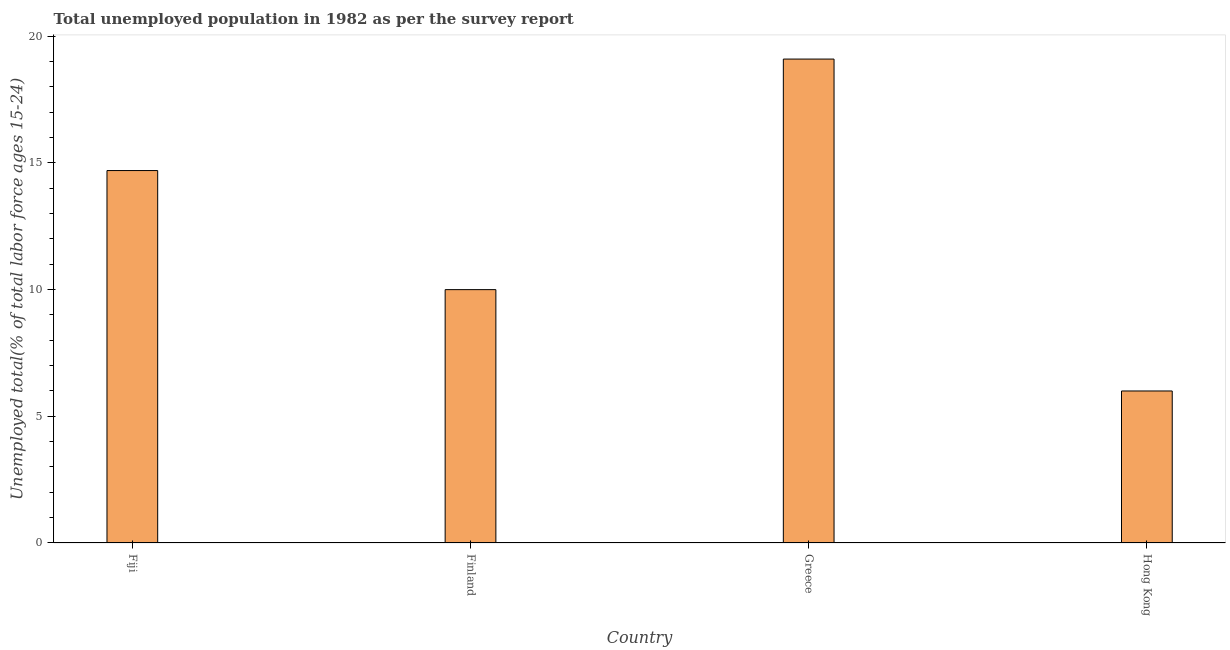
| Country | Unemployment youth total |
 | --- | --- |
 | Fiji | 14.7 |
 | Finland | 10 |
 | Greece | 19.1 |
 | Hong Kong | 6 |